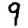
Digit: 9